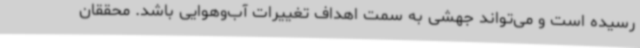
رسیده است و می‌تواند جهشی به سمت اهداف تغییرات آب‌وهوایی باشد. محققان